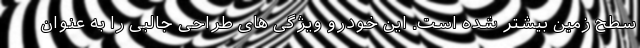
سطح زمین بیشتر شده است. این خودرو ویژگی های طراحی جالبی را به عنوان